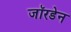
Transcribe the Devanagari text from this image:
जॉरडेन